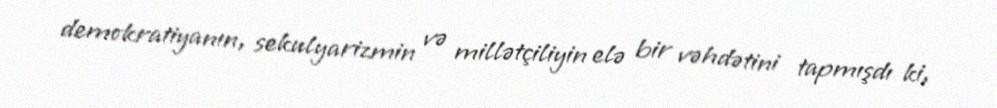
demokratiyanın, sekulyarizmin və millətçiliyin elə bir vəhdətini tapmışdı ki,